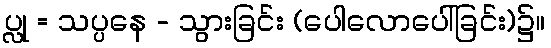
ပ္လု = သပ္ပနေ - သွားခြင်း (ပေါလောပေါ်ခြင်း)၌။